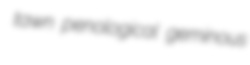
tawn penological geminous